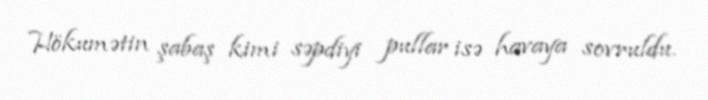
Hökumətin şabaş kimi səpdiyi pullar isə havaya sovruldu.